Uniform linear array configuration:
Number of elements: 64
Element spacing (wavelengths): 0.5
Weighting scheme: exponential
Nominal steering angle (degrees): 15
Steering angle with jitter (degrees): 15.535
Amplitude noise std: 0.05
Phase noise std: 0.05

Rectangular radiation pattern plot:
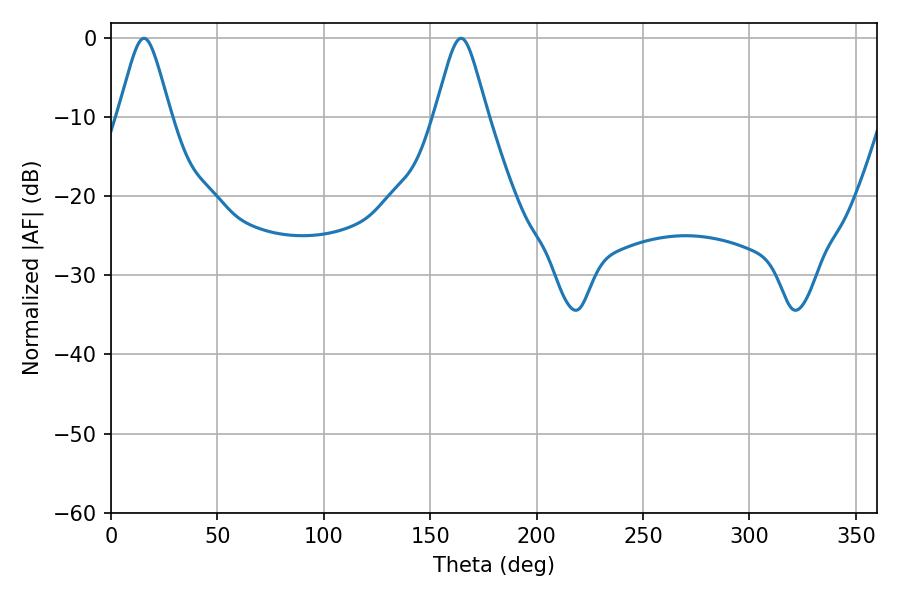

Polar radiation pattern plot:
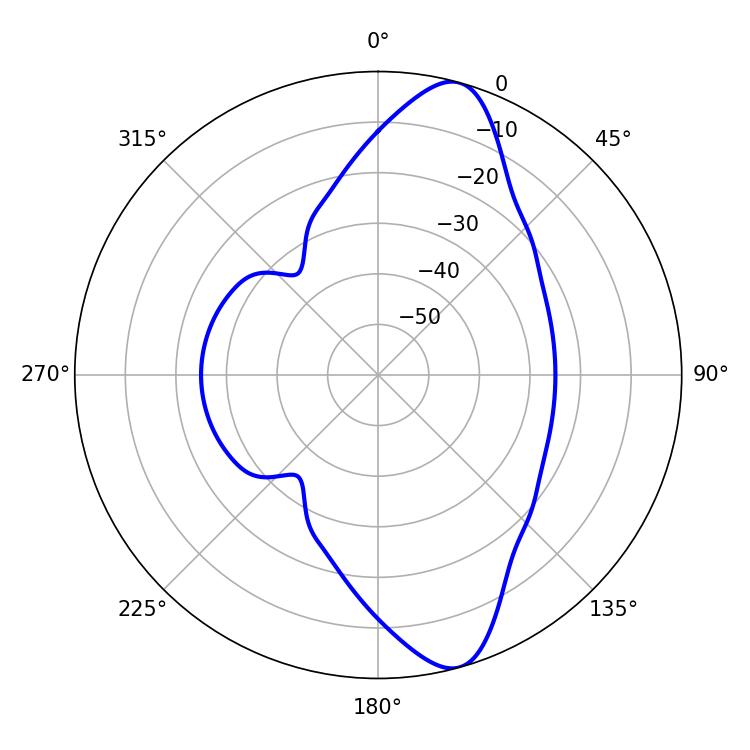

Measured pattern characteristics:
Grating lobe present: FALSE
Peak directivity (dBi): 11.603
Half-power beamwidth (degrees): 11.88
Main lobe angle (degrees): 15.48